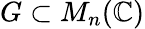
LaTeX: G\subset M_{n}(\mathbb{C})